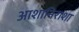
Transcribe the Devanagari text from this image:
आशानिराशा